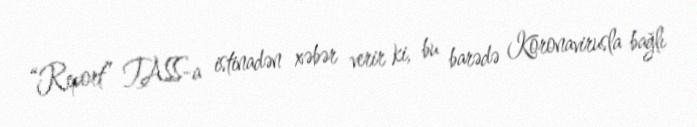
“Report” TASS-a istinadən xəbər verir ki, bu barədə Koronavirusla bağlı